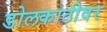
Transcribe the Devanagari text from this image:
डोलकाठीवर